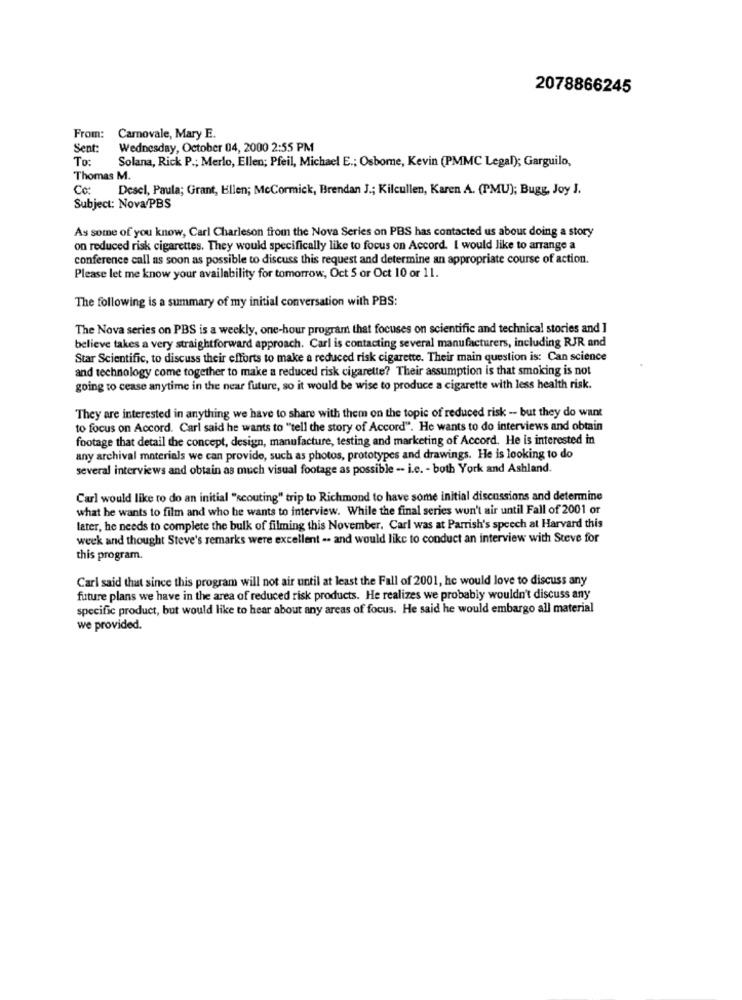
2078866245
From: Carnovale, Mary E.
Sent:
Wednesday, October 04, 2000 2:55 PM
To:
Solana, Rick P .; Merlo, Ellen; Pfeil, Michael E .; Osborne, Kevin (PMMC Legal); Garguilo,
Thomas M.
Co:
Desel, Paula; Grant, Ellen; McCormick, Brendan J .; Kilcullen, Karen A. (TMU); Bugg, Joy J.
Subject: Nova/PBS
As some of you know, Carl Charleson from the Nova Series on PBS has contacted us about doing a story
on reduced risk cigarettes. They would specifically like to focus on Accord. I would like to arrange a
conference call as soon as possible to discuss this request and determine an appropriate course of action.
Please let me know your availability for tomorrow, Oct 5 or Oct 10 or 11.
The following is a summary of my initial conversation with PBS:
The Nova series on PBS is a weekly, one-hour program that focuses on scientific and technical stories and ]
believe takes a very straightforward approach. Carl is contacting several manufacturers, including RJR and
Star Scientific, to discuss their efforts to make a reduced risk cigarette. Their main question is: Can science
and technology come together to make a reduced risk cigarette? Their assumption is that smoking is not
going to cease anytime in the near future, so it would be wise to produce a cigarette with less health risk.
They are interested in anything we have to share with them on the topic of reduced risk - but they do want
to focus on Accord. Carl said he wants to ""tell the story of Accord". He wants to do interviews and obtain
footage that detail the concept, design, manufacture, testing and marketing of Accord. He is interested in
any archival materials we can provide, such as photos, prototypes and drawings. He is looking to do
several interviews and obtain as much visual footage as possible -- i.c. - both York and Ashland.
Carl would like to do an initial "scouting" trip to Richmond to have some initial discussions and determine
what he wants to film and who he wants to interview. While the final series won't air until Fall of 2001 or
later, he needs to complete the bulk of filming this November. Carl was at Parrish's speech at Harvard this
week and thought Steve's remarks were excellent .. and would like to conduct an interview with Steve for
this program.
Carl said that since this program will not air until at least the Fall of 2001, he would love to discuss any
future plans we have in the area of reduced risk products. He realizes we probably wouldn't discuss any
specific product, but would like to hear about any areas of focus. He said he would embargo all material
we provided.